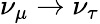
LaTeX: \nu_{\mu}\to\nu_{\tau}